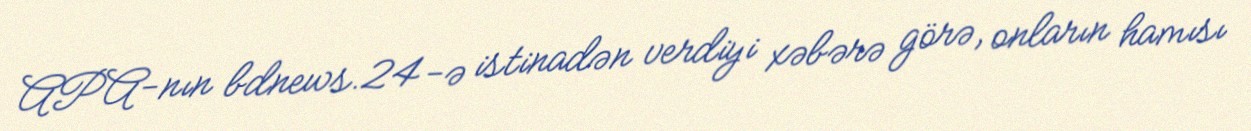
APA-nın bdnews.24-ə istinadən verdiyi xəbərə görə, onların hamısı